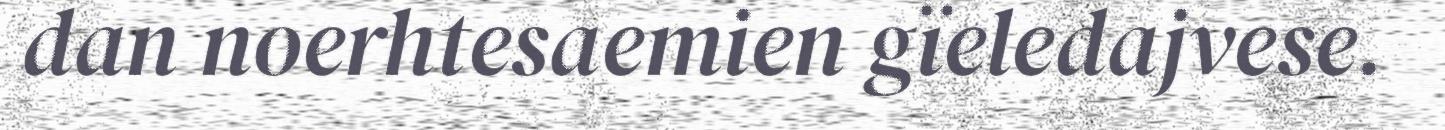
dan noerhtesaemien gïeledajvese.